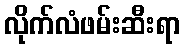
လိုက်လံဖမ်းဆီးရာ